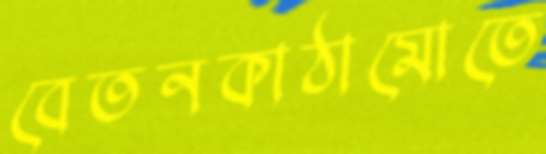
বেতনকাঠামোতে